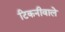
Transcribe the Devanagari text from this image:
टिकनीवाले